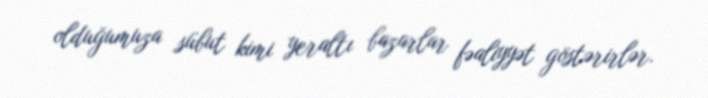
olduğumuza sübut kimi yeraltı bazarlar fəaliyyət göstərirlər.